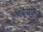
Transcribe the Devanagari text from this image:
कादंबर्‍यांकडे